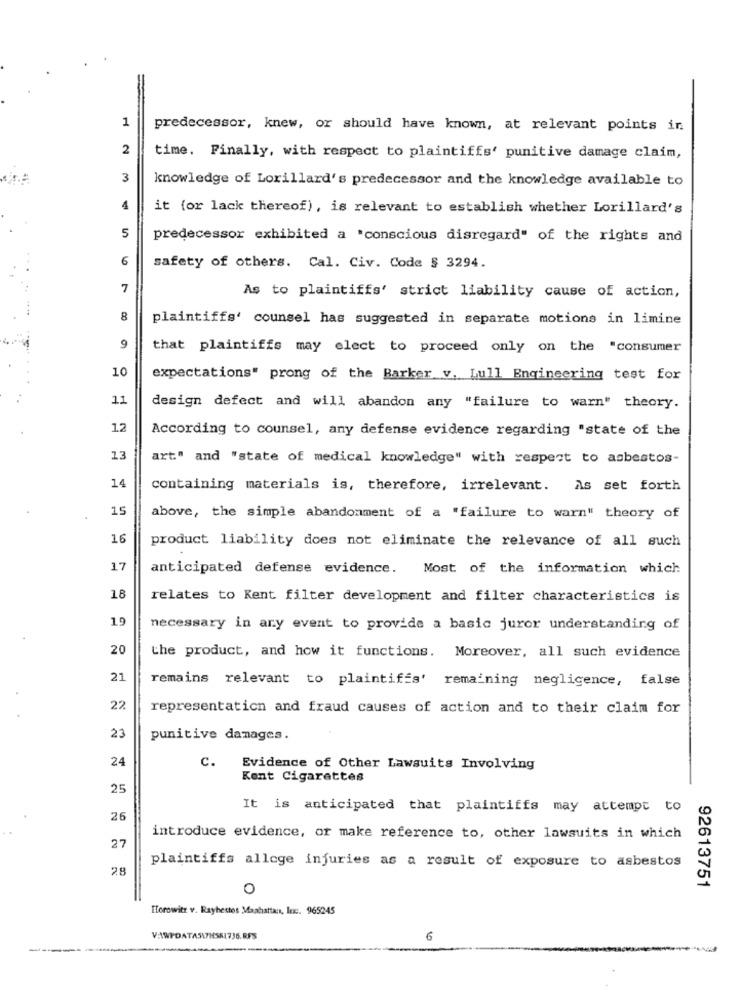
1
predecessor, knew, or should have known, at relevant points in
2
time. Finally, with respect to plaintiffs' punitive damage claim,
3
knowledge of Lorillard's predecessor and the knowledge available to
4
it (or lack thereof), is relevant to establish whether Lorillard's
5
predecessor exhibited a "conscious disregard" of the rights and
6
safety of others. Cal. Civ. Code $ 3294.
7
As to plaintiffs' strict liability cause of action,
8
plaintiffs' counsel has suggested in separate motions in limine
9
that plaintiffs may elect to proceed only on the "consumer
10
expectations" prong of the Barker v. Lull Engineering test for
11
design defect and will abandon any "failure to warn" theory.
12
According to counsel, any defense evidence regarding "state of the
13
art" and "state of medical knowledge" with respect to asbestos-
14
containing materials is, therefore, irrelevant. As set forth
15
above, the simple abandonment of a "failure to warn" theory of
16
product liability does not eliminate the relevance of all such
17
anticipated defense evidence. Most of the information which
18
relates to Kent filter development and filter characteristics is
19
necessary in any event to provide a basic juror understanding of
20
the product, and how it functions. Moreover, all such evidence
21
remains relevant to plaintiffs' remaining negligence, false
22
representation and fraud causes of action and to their claim for
23
punitive damages.
24
c.
Evidence of Other Lawsuits Involving
Kent Cigarettes
25
It is anticipated that plaintiffs may attempt to
26
introduce evidence, or make reference to, other lawsuits in which
27
plaintiffs allege injuries as a result of exposure to asbestos
28
92613751
0
Horowitz v. Rayhestes Manhattan, Inc. 965245
V:\WPDATA5L7HSR1736.RFS
6